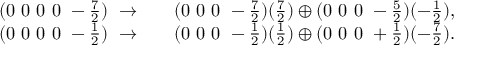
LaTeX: \begin{array} { c c c } { { ( 0 ~ 0 ~ 0 ~ 0 ~ - \frac { 7 } { 2 } ) ~ \rightarrow } } & { { } } & { { ( 0 ~ 0 ~ 0 ~ - \frac { 7 } { 2 } ) ( \frac { 7 } { 2 } ) \oplus ( 0 ~ 0 ~ 0 ~ - \frac { 5 } { 2 } ) ( - \frac { 1 } { 2 } ) , } } \\ { { ( 0 ~ 0 ~ 0 ~ 0 ~ - \frac { 1 } { 2 } ) ~ \rightarrow } } & { { } } & { { ( 0 ~ 0 ~ 0 ~ - \frac { 1 } { 2 } ) ( \frac { 1 } { 2 } ) \oplus ( 0 ~ 0 ~ 0 ~ + \frac { 1 } { 2 } ) ( - \frac { 7 } { 2 } ) . } } \end{array}